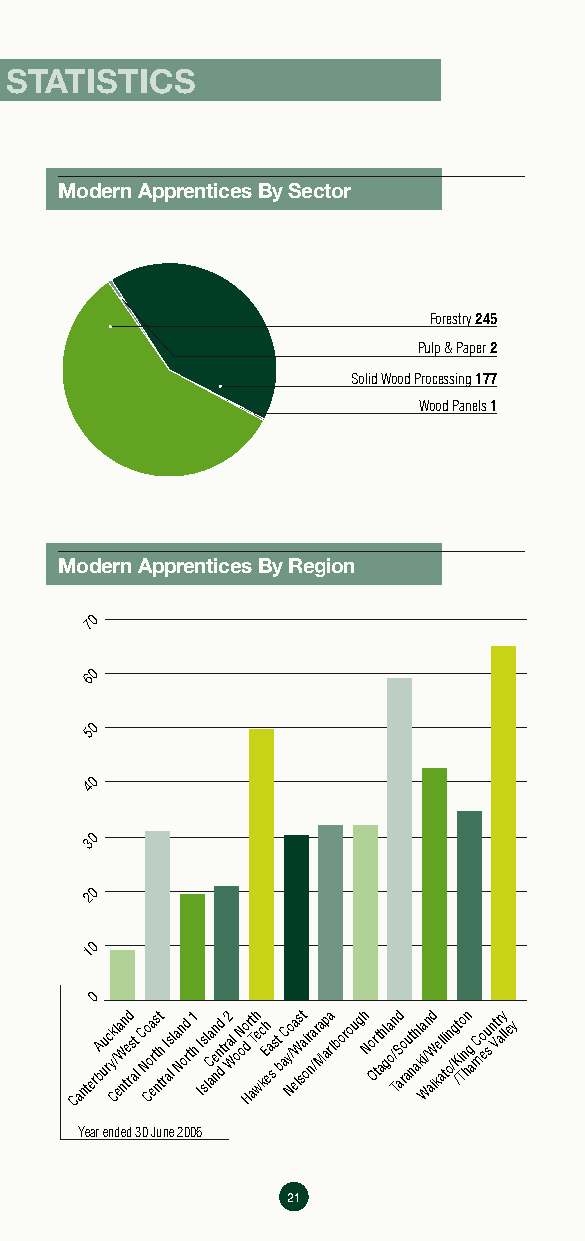
FOREST INDUSTRIES TRAINING STATISTICS
 As at June 2006. All material sourced from FITEC.
 Modern Apprentices By Sector
 Forestry245
 Pulp & Paper2
 Solid Wood Processing 177
 Wood Panels 1
 Modern Apprentices By Region
 70
 60
 50
 40
 30
 20
 10
 0
 CanterbA uu rc yk C/l ea W nn te rd s at
 l
 C No Coa erts nt th rI alsl a Nn od r t1 h I Is sl lCa aen nnd dt r2 a Wl oN oo d
 H
 rt aTh e wc kEh ea
 s
 st
 b
 aC y No / ea lWs st ai or na /ra Map ra lborough No Or tt ahl ga o/n TS ad ro aut nahl kia / Wn aid W kel al ti on /g /Kt i To n hn g
 a
 C mo eu s nt Vr aly ley
 Year ended 30 June 2006
 21